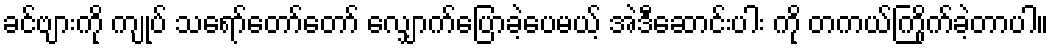
ခင်ဗျားကို ကျုပ် သရော်တော်တော် လျှောက်ပြောခဲ့ပေမယ့် အဲဒီဆောင်းပါး ကို တကယ်ကြိုက်ခဲ့တာပါ။